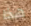
هذا